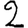
Digit: 2